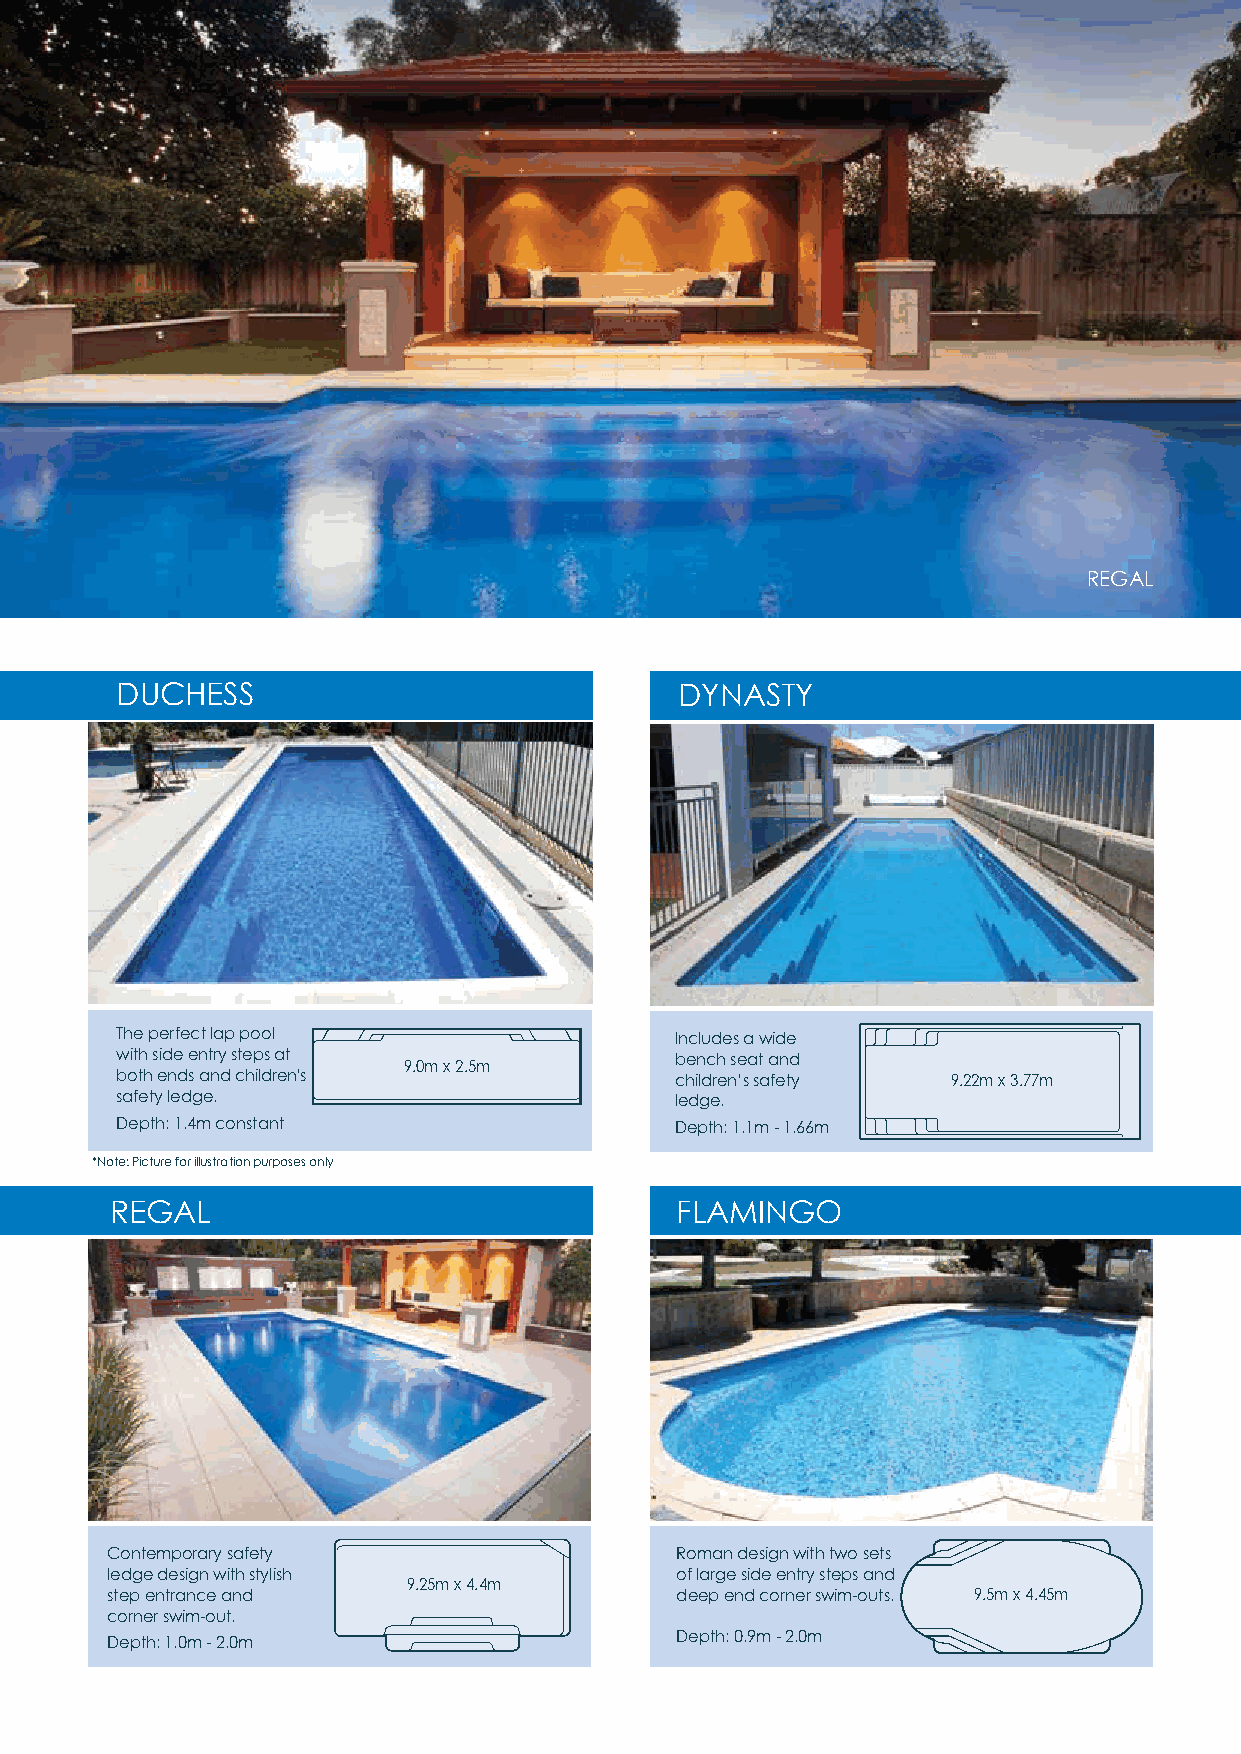
REGAL
 DUCHESS                              DYNASTY
 The perfect lap pool                 Includes a wide
 with side entry steps at             bench seat and
 9.0m x 2.5m
 both ends and children’s             children’s safety 9.22m x 3.77m
 safety ledge.                        ledge.
 Depth: 1.4m constant                 Depth: 1.1m - 1.66m
 *Note: Picture for illustration purposes only
 REGAL                                 FLAMINGO
 Contemporary safety                   Roman design with two sets
 ledge design with stylish             of large side entry steps and
 9.25m x 4.4m
 step entrance and                     deep end corner swim-outs. 9.5m x 4.45m
 corner swim-out.
 Depth: 1.0m - 2.0m                    Depth: 0.9m - 2.0m